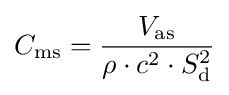
C_{\rm {ms}}={\frac {V_{\rm {as}}}{\rho \cdot c^{2}\cdot S_{\rm {d}}^{2}}}